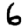
Digit: 6